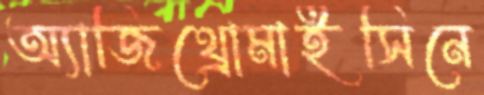
অ্যাজিথ্রোমাইসিনে